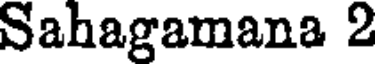
Sahagamana 2